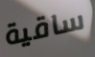
ساقية